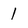
Character: 1